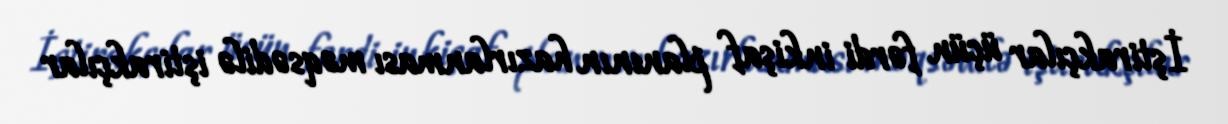
İştirakçılar üçün fərdi inkişaf planının hazırlanması məqsədilə iştirakçılar